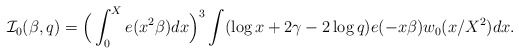
\begin{align*}\mathcal{I}_0(\beta,q)=\Big(\int_0^X e(x^2\beta)dx\Big)^3\int(\log x+2\gamma-2\log q)e(-x\beta)w_0(x/X^2)dx.\end{align*}